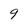
Character: 9